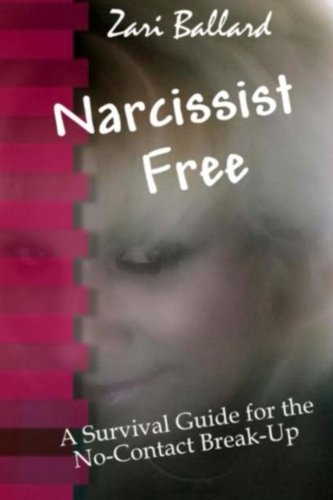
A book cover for Narcissist Free: A Survival Guide for the No-Contact Break-Up; Zari Ballard; Self-Help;